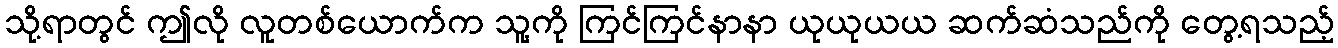
သို့ရာတွင် ဤလို လူတစ်ယောက်က သူ့ကို ကြင်ကြင်နာနာ ယုယုယယ ဆက်ဆံသည်ကို တွေ့ရသည့်